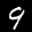
Label: 9